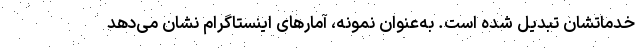
خدماتشان تبدیل شده است. به‌عنوان نمونه، آمارهای اینستاگرام نشان می‌دهد